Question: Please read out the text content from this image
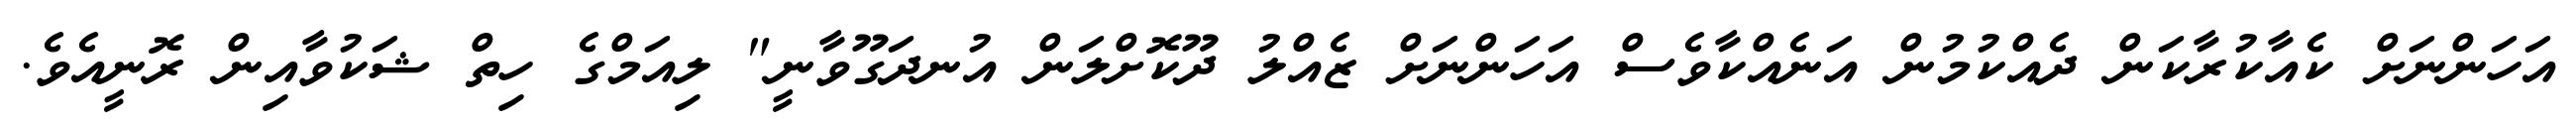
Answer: އަހަންނަށް ކެއާކުރާކަން ދެއްކުމުން އަނެއްކާވެސް އަހަންނަށް ޒެއްލު ދޫކޮށްލަން އުނދަގޫވާނީ" ލިއަމްގެ ހިތް ޝަކުވާއިން ރޮނީއެވެ.